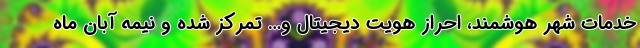
خدمات شهر هوشمند، احراز هویت دیجیتال و… تمرکز شده و نیمه آبان ماه